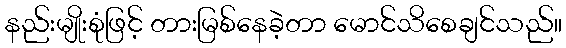
နည်းမျိုးစုံဖြင့် တားမြစ်နေခဲ့တာ မောင်သိစေချင်သည်။